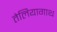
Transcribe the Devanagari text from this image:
तेलियागाथ